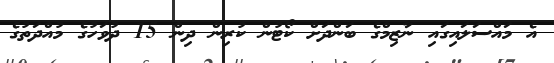
އެ މައްސަލައިގައި ނާޒިމްގެ ބަންދަށް ކޯޓުން ކުރިން ދިން 15 ދުވަހުގެ މުއްދަތުގެ